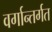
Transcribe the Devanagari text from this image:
वर्गान्तर्गत